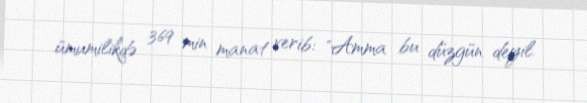
ümumilikdə 369 min manat verib: "Amma bu düzgün deyil.